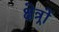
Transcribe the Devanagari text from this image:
क्षेत्र्रों